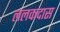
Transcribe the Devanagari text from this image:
ललकदास